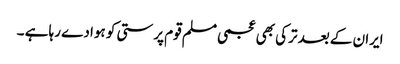
ایران کے بعد ترکی بھی عجمی مسلم قوم پرستی کو ہوا دے رہا ہے ۔